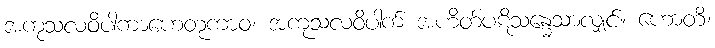
အကုသလဝိပါကာဟေတုကာဝ၊ အကုသလဝိပါက် အဟိတ်ပဋိသန္ဓေသာလျှင်။ ဟောတိ၊